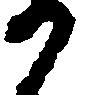
か